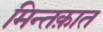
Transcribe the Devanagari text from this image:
मिन्तक़ात